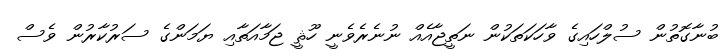
ބުނާގޮތުން ސުލްހައިގެ ވާހަކަތަކުން ނަތީޖާއެއް ނުނެރެވެނީ ހޫޘީ ޖަމާއަތާއި ޔަމަންގެ ސަރުކާރުން ވެސް